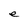
Character: e